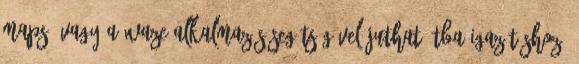
Maps™ vagy a Waze alkalmazás segítségével juthat útba igazításhoz,